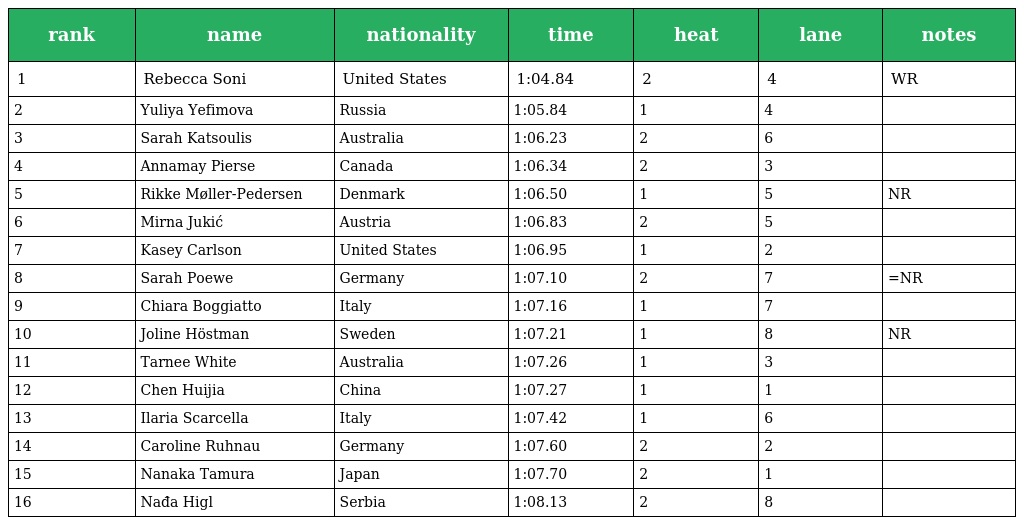
| rank | name | nationality | time | heat | lane | notes |
 | --- | --- | --- | --- | --- | --- | --- |
 | 1 | Rebecca Soni | United States | 1:04.84 | 2 | 4 | WR |
 | 2 | Yuliya Yefimova | Russia | 1:05.84 | 1 | 4 |  |
 | 3 | Sarah Katsoulis | Australia | 1:06.23 | 2 | 6 |  |
 | 4 | Annamay Pierse | Canada | 1:06.34 | 2 | 3 |  |
 | 5 | Rikke Møller-Pedersen | Denmark | 1:06.50 | 1 | 5 | NR |
 | 6 | Mirna Jukić | Austria | 1:06.83 | 2 | 5 |  |
 | 7 | Kasey Carlson | United States | 1:06.95 | 1 | 2 |  |
 | 8 | Sarah Poewe | Germany | 1:07.10 | 2 | 7 | =NR |
 | 9 | Chiara Boggiatto | Italy | 1:07.16 | 1 | 7 |  |
 | 10 | Joline Höstman | Sweden | 1:07.21 | 1 | 8 | NR |
 | 11 | Tarnee White | Australia | 1:07.26 | 1 | 3 |  |
 | 12 | Chen Huijia | China | 1:07.27 | 1 | 1 |  |
 | 13 | Ilaria Scarcella | Italy | 1:07.42 | 1 | 6 |  |
 | 14 | Caroline Ruhnau | Germany | 1:07.60 | 2 | 2 |  |
 | 15 | Nanaka Tamura | Japan | 1:07.70 | 2 | 1 |  |
 | 16 | Nađa Higl | Serbia | 1:08.13 | 2 | 8 |  |